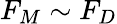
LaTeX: F_{M}\sim F_{D}